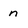
Character: n